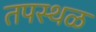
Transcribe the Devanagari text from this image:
तपस्थळ